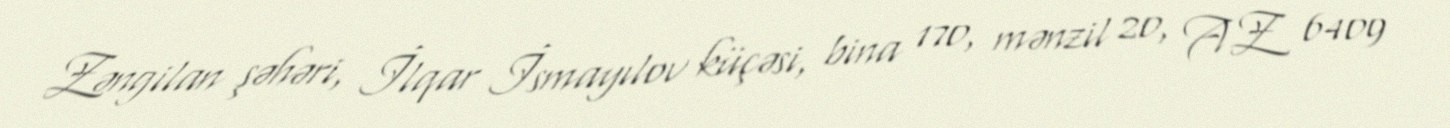
Zəngilan şəhəri, İlqar İsmayılov küçəsi, bina 170, mənzil 20, AZ 6409